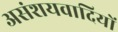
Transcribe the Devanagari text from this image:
असंशयवादियों